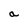
Character: a